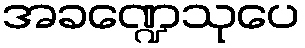
အခဏ္ဍေသုပေ